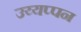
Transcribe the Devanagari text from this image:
उय्यप्पन